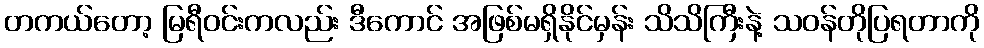
တကယ်တော့ မြရီဝင်းကလည်း ဒီကောင် အဖြစ်မရှိနိုင်မှန်း သိသိကြီးနဲ့ သဝန်တိုပြရတာကို